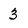
Character: 3